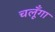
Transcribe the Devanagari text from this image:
चलूँगा